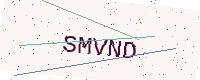
Text: SMVND